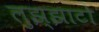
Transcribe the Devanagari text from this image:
लुझ्झाटो